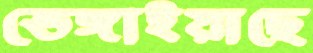
ভেঙ্গাইয়াছে